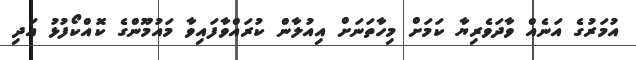
އުމަރުގެ އަނެއް ވާދަވެރިޔާ ކަމަށް މިހާތަނަށް އިއުލާން ކުރައްވާފައިވާ މައުމޫންގެ ކޮއްކޯފުޅު އަދި